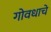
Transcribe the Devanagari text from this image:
गोवधाचे